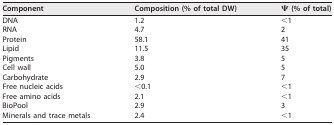
<table><thead><tr><td><b>Component</b></td><td><b>Composition (% of total DW)</b></td><td><b>Ψ (% of total)</b></td></tr></thead><tbody><tr><td>DNA</td><td>1.2</td><td>&lt;1</td></tr><tr><td>RNA</td><td>4.7</td><td>2</td></tr><tr><td>Protein</td><td>58.1</td><td>41</td></tr><tr><td>Lipid</td><td>11.5</td><td>35</td></tr><tr><td>Pigments</td><td>3.8</td><td>5</td></tr><tr><td>Cell wall</td><td>5.0</td><td>5</td></tr><tr><td>Carbohydrate</td><td>2.9</td><td>7</td></tr><tr><td>Free nucleic acids</td><td>&lt;0.1</td><td>&lt;1</td></tr><tr><td>Free amino acids</td><td>2.1</td><td>&lt;1</td></tr><tr><td>BioPool</td><td>2.9</td><td>3</td></tr><tr><td>Minerals and trace metals</td><td>2.4</td><td>&lt;1</td></tr></tbody></table>